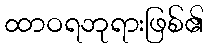
ထာဝရဘုရားဖြစ်၏